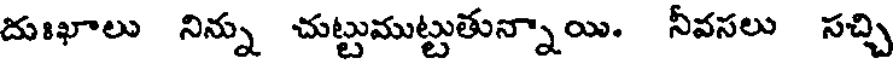
దుఃఖాలు నిన్ను చుట్టుముట్టుతున్నాయి. నీవసలు సచ్చి